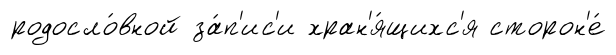
родосло́вной за́п'ис'и хран'я́щихс'я сторон'е́